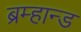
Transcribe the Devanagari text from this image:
ब्रम्हान्ड